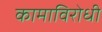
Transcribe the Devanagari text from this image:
कामाविरोधी